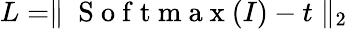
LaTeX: L=\parallel\mathrm{~S~o~f~t~m~a~x~}(I)-t\parallel_{2}